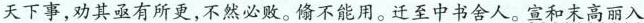
天下事，劝其亟有所更，不然必败。偷不能用。迁至中书舍人。宣和末高丽入